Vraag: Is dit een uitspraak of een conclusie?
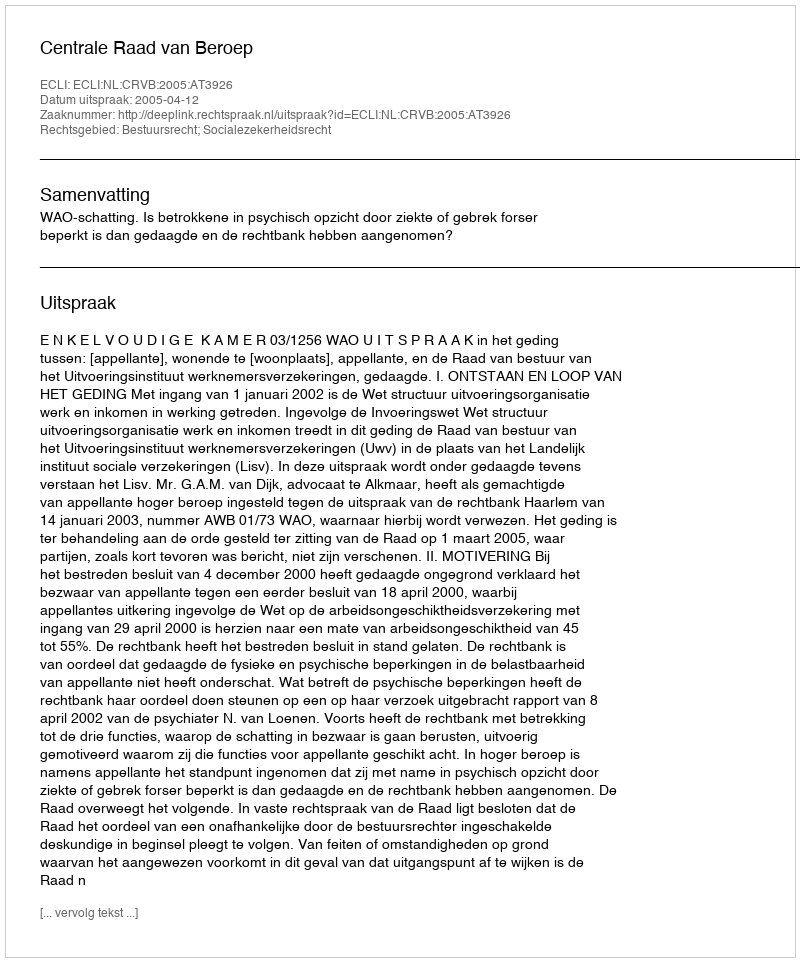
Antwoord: Uitspraak